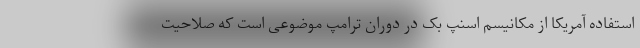
استفاده آمریکا از مکانیسم اسنپ بک در دوران ترامپ موضوعی است که صلاحیت